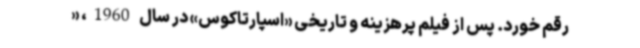
رقم خورد. پس از فیلم پرهزینه و تاریخی «اسپارتاکوس» در سال 1960، «